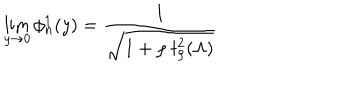
\lim _ { y \to 0 } \phi _ { n } ^ { 1 } ( y ) = \frac { 1 } { \sqrt { 1 + \rho \ t _ { \rho } ^ { 2 } ( \Lambda ) } }